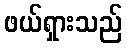
ဖယ်ရှားသည်